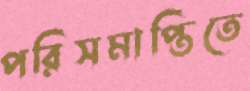
পরিসমাপ্তিতে